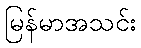
မြန်မာအသင်း